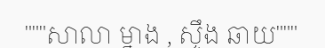
"""សាលា ម្នាង , ស្ទឹង ឆាយ"""